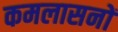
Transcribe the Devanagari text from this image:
कमलासनों